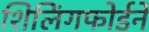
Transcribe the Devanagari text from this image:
शिलिंगफोर्डने